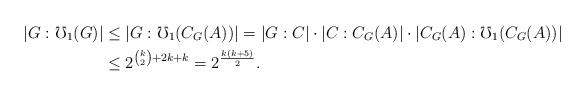
LaTeX: \begin{align*} |G:\mho_1(G)|&\leq |G:\mho_1(C_G(A))|= |G:C|\cdot |C:C_G(A)|\cdot |C_G(A):\mho_1(C_G(A))|\\ &\leq 2^{\binom{k}2+2k+k}=2^{\frac{k(k+5)}2}. \end{align*}